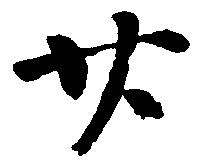
廿